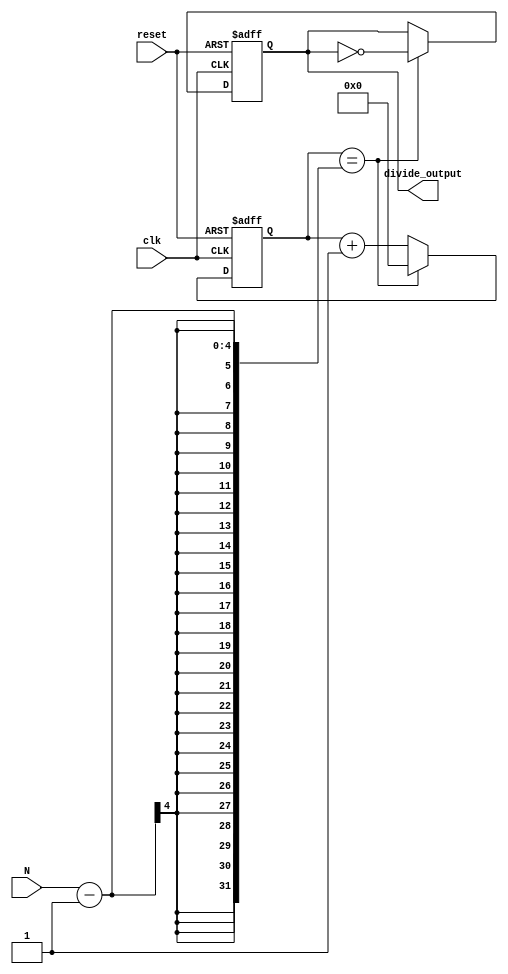
module divide_by_n_counter (
    input wire clk,            // Clock input
    input wire reset,          // Asynchronous reset input
    input wire [N_BIT_WIDTH-1:0] N, // Divide by value (N)
    output reg divide_output    // Output signal toggling every N clock cycles
);

    // Calculate the number of bits required for the counter
    parameter N_BIT_WIDTH = 4;  // Adjust this based on the maximum value of N you expect (e.g., for N=15)
    reg [N_BIT_WIDTH-1:0] count; // Counter state

    always @(posedge clk or posedge reset) begin
        if (reset) begin
            count <= 0;                // Reset counter
            divide_output <= 0;        // Reset output
        end else begin
            if (count == (N - 1)) begin
                count <= 0;            // Reset count after reaching N-1
                divide_output <= ~divide_output; // Toggle the output
            end else begin
                count <= count + 1;     // Increment the counter
            end
        end
    end

endmodule